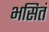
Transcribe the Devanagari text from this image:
भसितं